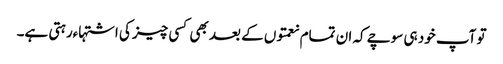
تو آپ خود ہی سوچے کہ ان تمام نعمتوں کے بعد بھی کسی چیز کی اشتہاءرہتی ہے۔